Civil Veterinary Department Bihar & Orissa reports 1929-36 - 1929-1936
Year: 1929
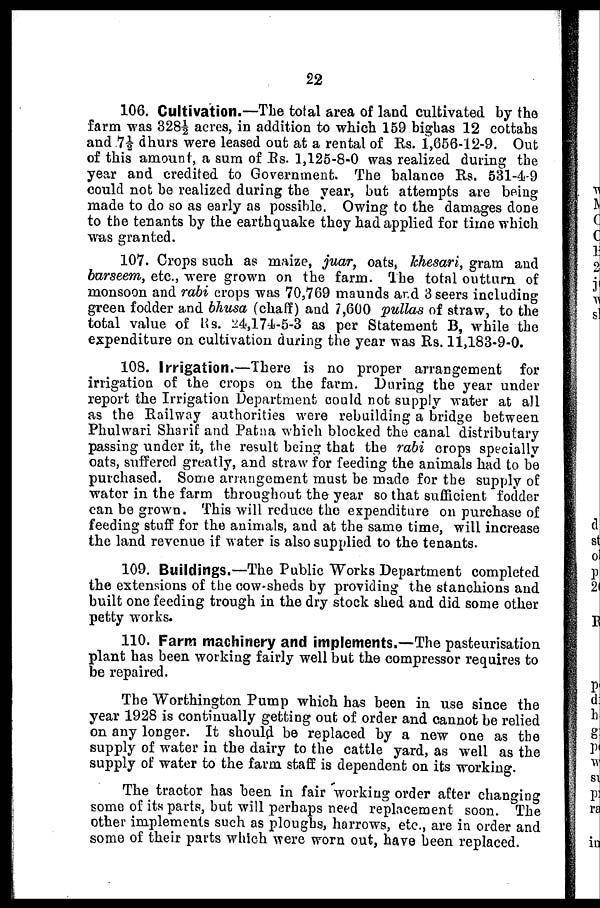
22
106. Cultivation.—The total area of land cultivated by the
farm was 328½ acres, in addition to which 159 bighas 12 cottahs
and 7½ dhurs were leased out at a rental of Its. 1,656-12-9. Out
of this amount, a sum of Rs. 1,125-8-0 was realized during the
year and credited to Government. The balance Rs. 531-4-9
could not be realized during the year, but attempts are being
made to do so as early as possible. Owing to the damages done
to the tenants by the earthquake they had applied for time which
was granted.
107. Crops such as maize, juar, oats, khesari, gram and
barseem, etc., were grown on the farm. The total outturn of
monsoon and rabi crops was 70,769 maunds and 3 seers including
green fodder and bhusa (chaff) and 7,600 pullas of straw, to the
total value of Rs. 24,174-5-3 as per Statement B, while the
expenditure on cultivation during the year was Rs. 11,183-9-0.
108. Irrigation.—There is no proper arrangement for
irrigation of the crops on the farm. During the year under
report the Irrigation Department could not supply water at all
as the Railway authorities were rebuilding a bridge between
Phulwari Sharif and Patna which blocked the canal distributary
passing under it, the result being that the rabi crops specially
oats, suffered greatly, and straw for feeding the animals had to be
purchased. Some arrangement must be made for the supply of
water in the farm throughout the year so that sufficient fodder
can be grown. This will reduce the expenditure on purchase of
feeding stuff for the animals, and at the same time, will increase
the land revenue if water is also supplied to the tenants.
109. Buildings.—The Public Works Department completed
the extensions of the cow-sheds by providing the stanchions and
built one feeding trough in the dry stock shed and did some other
petty works.
110. Farm machinery and implements.—The pasteurisation
plant has been working fairly well but the compressor requires to
be repaired.
The Worthington Pump which has been in use since the
year 1928 is continually getting out of order and cannot be relied
on any longer. It should be replaced by a new one as the
supply of water in the dairy to the cattle yard, as well as the
supply of water to the farm staff is dependent on its working.
The tractor has been in fair working order after changing
some of its parts, but will perhaps need replacement soon. The
other implements such as ploughs, harrows, etc., are in order and
some of their parts which were worn out, have been replaced.